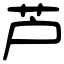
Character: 芦